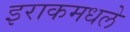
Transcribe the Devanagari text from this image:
इराकमधले